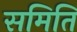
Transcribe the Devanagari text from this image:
समिति